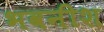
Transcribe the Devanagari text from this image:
भवनीश